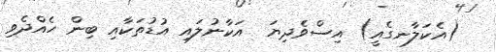
(އެކަލާނގެއީ) އިސްވެދިޔަ  އަކާނުލައި އުޑުތަކާއި ބިން ހެއްދެވި